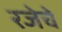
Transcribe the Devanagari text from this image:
रजेचे